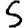
Digit: 5